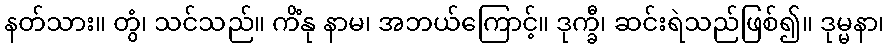
နတ်သား။ တွံ၊ သင်သည်။ ကိံနု နာမ၊ အဘယ်ကြောင့်။ ဒုက္ခီ၊ ဆင်းရဲသည်ဖြစ်၍။ ဒုမ္မနာ၊